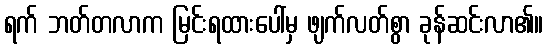
ရက် ဘတ်တလာက မြင်းရထားပေါ်မှ ဖျက်လတ်စွာ ခုန်ဆင်းလာ၏။